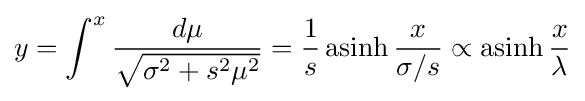
y=\int ^{x}{\frac {d\mu }{\sqrt {\sigma ^{2}+s^{2}\mu ^{2}}}}={\frac {1}{s}}\operatorname {asinh} {\frac {x}{\sigma /s}}\propto \operatorname {asinh} {\frac {x}{\lambda }}